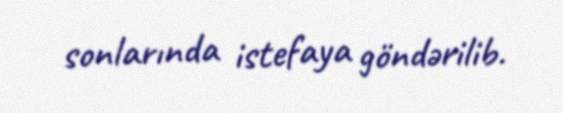
sonlarında istefaya göndərilib.